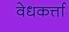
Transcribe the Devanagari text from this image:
वेधकर्त्ता